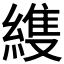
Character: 𮈳